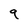
Character: 9